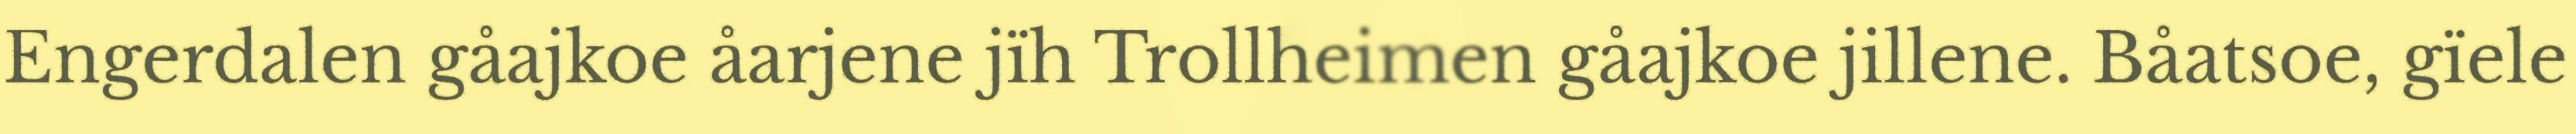
Engerdalen gåajkoe åarjene jïh Trollheimen gåajkoe jillene. Båatsoe, gïele